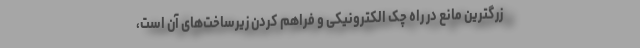
زرگترین مانع در راه چک الکترونیکی و فراهم کردن زیرساخت‌های آن است،